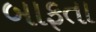
બાફતા